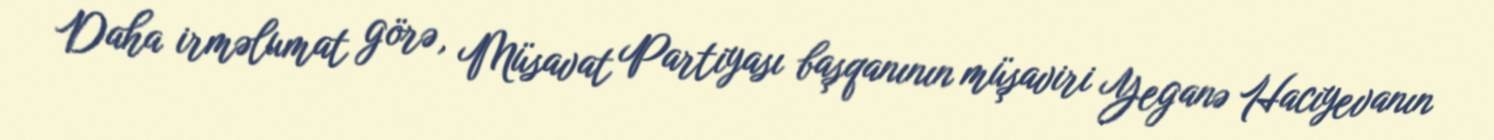
Daha irməlumat görə, Müsavat Partiyası başqanının müşaviri Yeganə Hacıyevanın